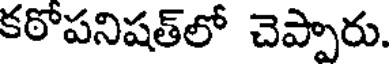
కఠోపనిషత్లో చెప్పారు.